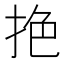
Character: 𢬘